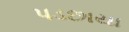
પડછાયા